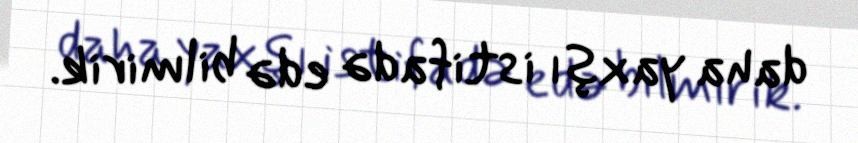
daha yaxşı istifadə edə bilmirik.